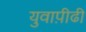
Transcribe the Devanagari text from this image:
युवाप़ीढी